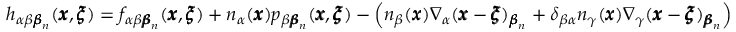
h _ { \alpha \beta { \pmb \beta } _ { n } } ( { \pmb x } , { \pmb \xi } ) = f _ { \alpha \beta { \pmb \beta } _ { n } } ( { \pmb x } , { \pmb \xi } ) + n _ { \alpha } ( { \pmb x } ) p _ { \beta { \pmb \beta } _ { n } } ( { \pmb x } , { \pmb \xi } ) - \left( n _ { \beta } ( { \pmb x } ) \nabla _ { \alpha } ( { \pmb x } - { \pmb \xi } ) _ { { \pmb \beta } _ { n } } + \delta _ { \beta \alpha } n _ { \gamma } ( { \pmb x } ) \nabla _ { \gamma } ( { \pmb x } - { \pmb \xi } ) _ { { \pmb \beta } _ { n } } \right)